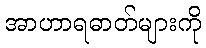
အာဟာရဓာတ်များကို